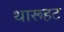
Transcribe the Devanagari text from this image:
थारूहट